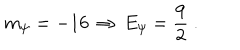
LaTeX: m _ { \psi } = - 1 6 \, \Rightarrow \, E _ { \psi } = \frac 9 2 ~ .